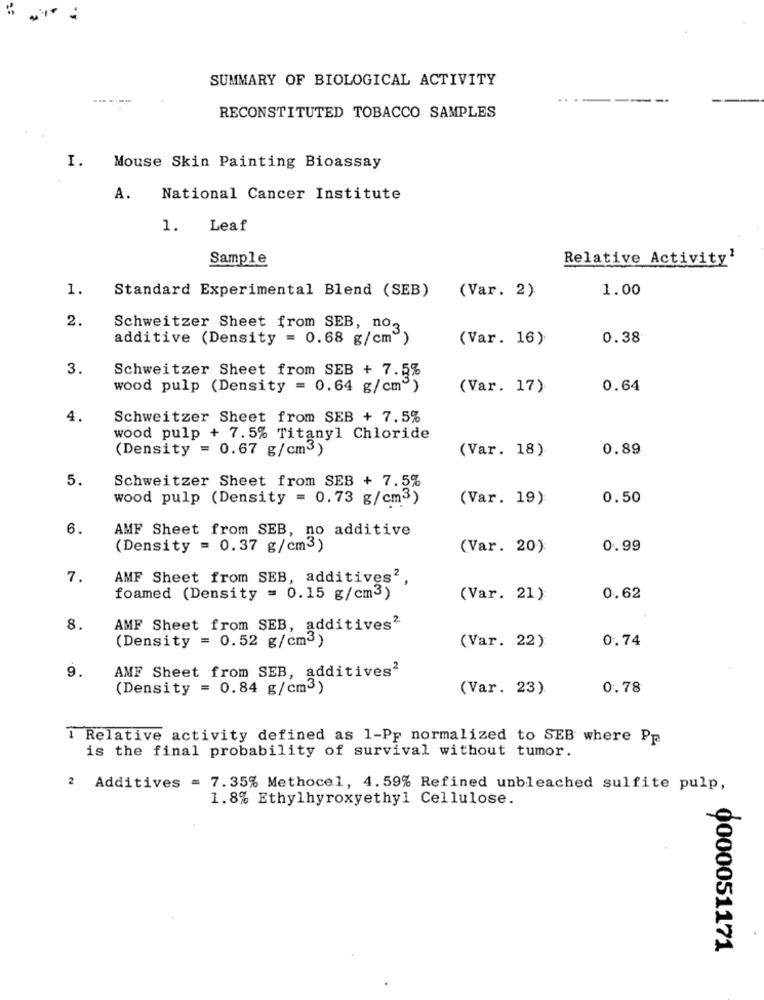
SUMMARY OF BIOLOGICAL ACTIVITY
..
RECONSTITUTED TOBACCO SAMPLES
I.
Mouse Skin Painting Bioassay
A.
National Cancer Institute
1.
Leaf
Sample
Relative Activity'
1.
Standard Experimental Blend (SEB)
1.00
(Var. 2)
2.
Schweitzer Sheet from SEB, no3.
additive (Density = 0.68 g/cm")
(Var. 16)
0.38
3.
Schweitzer Sheet from SEB + 7.5%
wood pulp (Density = 0.64 g/cm")
(Var. 17)
0.64
4.
Schweitzer Sheet from SEB + 7.5%
wood pulp + 7.5% Titanyl Chloride
(Density = 0.67 g/cm3)
(Var. 18).
0.89
5.
Schweitzer Sheet from SEB + 7.5%
wood pulp (Density = 0.73 g/cm3)
(Var. 19)
0.50
6.
AMF Sheet from SEB, no additive
(Density = 0.37 g/cm3)
(Var. 20)
0.99
7.
AMF Sheet from SEB, additives2
foamed (Density = 0.15 g/cm3)
(Var. 21)
0.62
8.
AMF Sheet from SEB, additives2
(Density = 0.52 g/cm3)
0.74
(Var. 22)
AMF Sheet from SEB, additives2
9.
(Density = 0.84 g/cm3)
(Var. 23).
0.78
1 Relative activity defined as 1-Pp normalized to SEB where Pp
is the final probability of survival without tumor.
2 Additives = 7.35% Methocel, 4.59% Refined unbleached sulfite pulp,
1.8% Ethylhyroxyethyl Cellulose.
0000051171